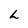
Character: L